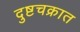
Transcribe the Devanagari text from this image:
दुष्टचक्रात